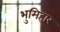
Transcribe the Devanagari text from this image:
भुमिहार